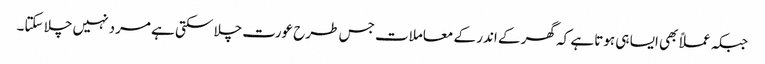
جبکہ عملاً بھی ایسا ہی ہوتا ہے کہ گھر کے اندر کے معاملات جس طرح عورت چلا سکتی ہے مرد نہیں چلا سکتا۔